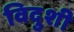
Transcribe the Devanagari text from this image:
विदुशी